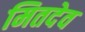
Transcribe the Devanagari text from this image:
मितदेव